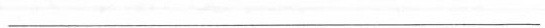
\underline